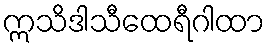
ဣသိဒါသီထေရီဂါထာ